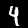
Digit: 4